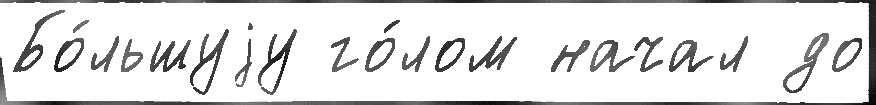
Бо́льшуjу го́лом начал до